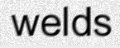
welds